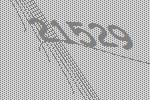
21529